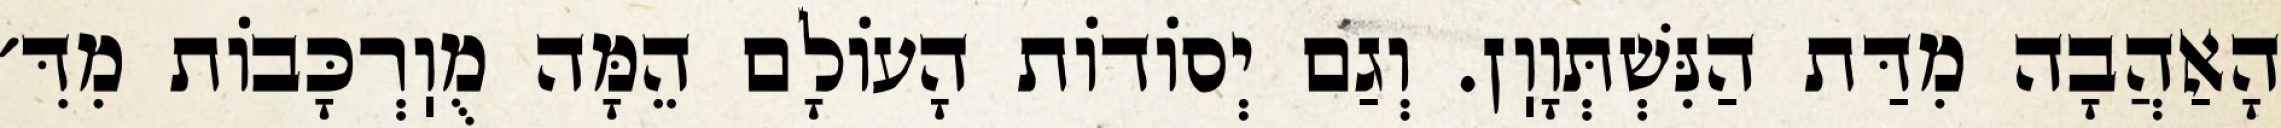
הָאַהֲבָה מִדַּת הַנִּשְׁתְּוָוֽן. וְגַם יְסוֹדוֹת הָעוֹלָם הֵמָּה מֻוֽרְכָּבוֹת מִדִּ׳